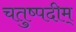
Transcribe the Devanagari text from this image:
चतुष्पदीम्